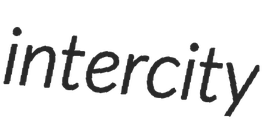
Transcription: intercity